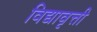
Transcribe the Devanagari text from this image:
विद्यावृत्ती